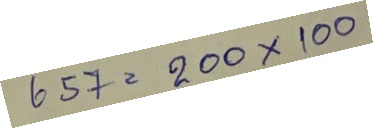
657 = 200 x 100